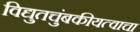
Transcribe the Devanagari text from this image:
विद्युतचुंबकीयत्वाचा